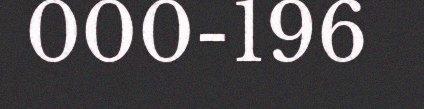
000-196